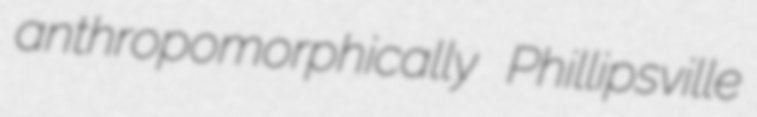
anthropomorphically Phillipsville